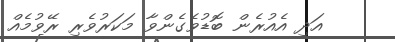
އަދި އެއުރެން ބޮޑުވެގެންވާ މަކަރުވެރި ރޭވުމެއް